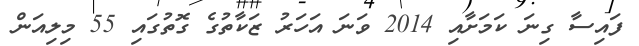
ފައިސާ ގިނަ ކަމަށާއި 2014 ވަނަ އަހަރު ޒަކާތުގެ ގޮތުގައި 55 މިލިއަން